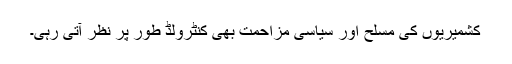
کشمیریوں کی مسلح اور سیاسی مزاحمت بھی کنٹرولڈ طور پر نظر آتی رہی۔